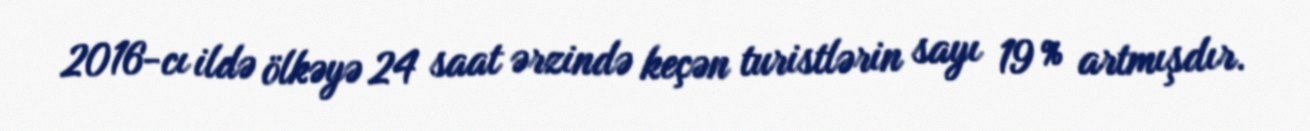
2016-cı ildə ölkəyə 24 saat ərzində keçən turistlərin sayı 19 % artmışdır.